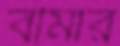
বীমার